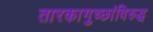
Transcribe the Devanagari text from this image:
तारकागुच्छांविरुद्ध